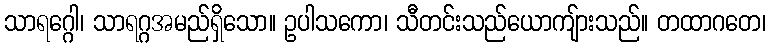
သာရဂ္ဂေါ၊ သာရဂ္ဂအမည်ရှိသော။ ဥပါသကော၊ သီတင်းသည်ယောကျ်ားသည်။ တထာဂတေ၊